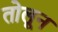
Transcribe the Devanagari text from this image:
तोलून